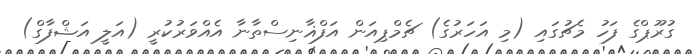
ގުރޫޕްގެ ފަހު މެޗުގައި (މި އަހަރުގެ) ޗެމްޕިއަން އަފްޣާނިސްތާނާ އެއްވަރުކުރީ (އަލީ އަޝްފާގް)